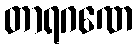
တာရဂဏေ